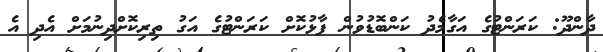
ދާންދޫ: ކަރަންޓުގެ އަގާމެދު ކަންބޮޑުވުން ފާޅުކޮށް ކަރަންޓުގެ އަގު ތިރިކޮށްދިނުމަށް އެދި އެ